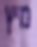
מיץ